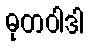
ဓုတဝါဒါ